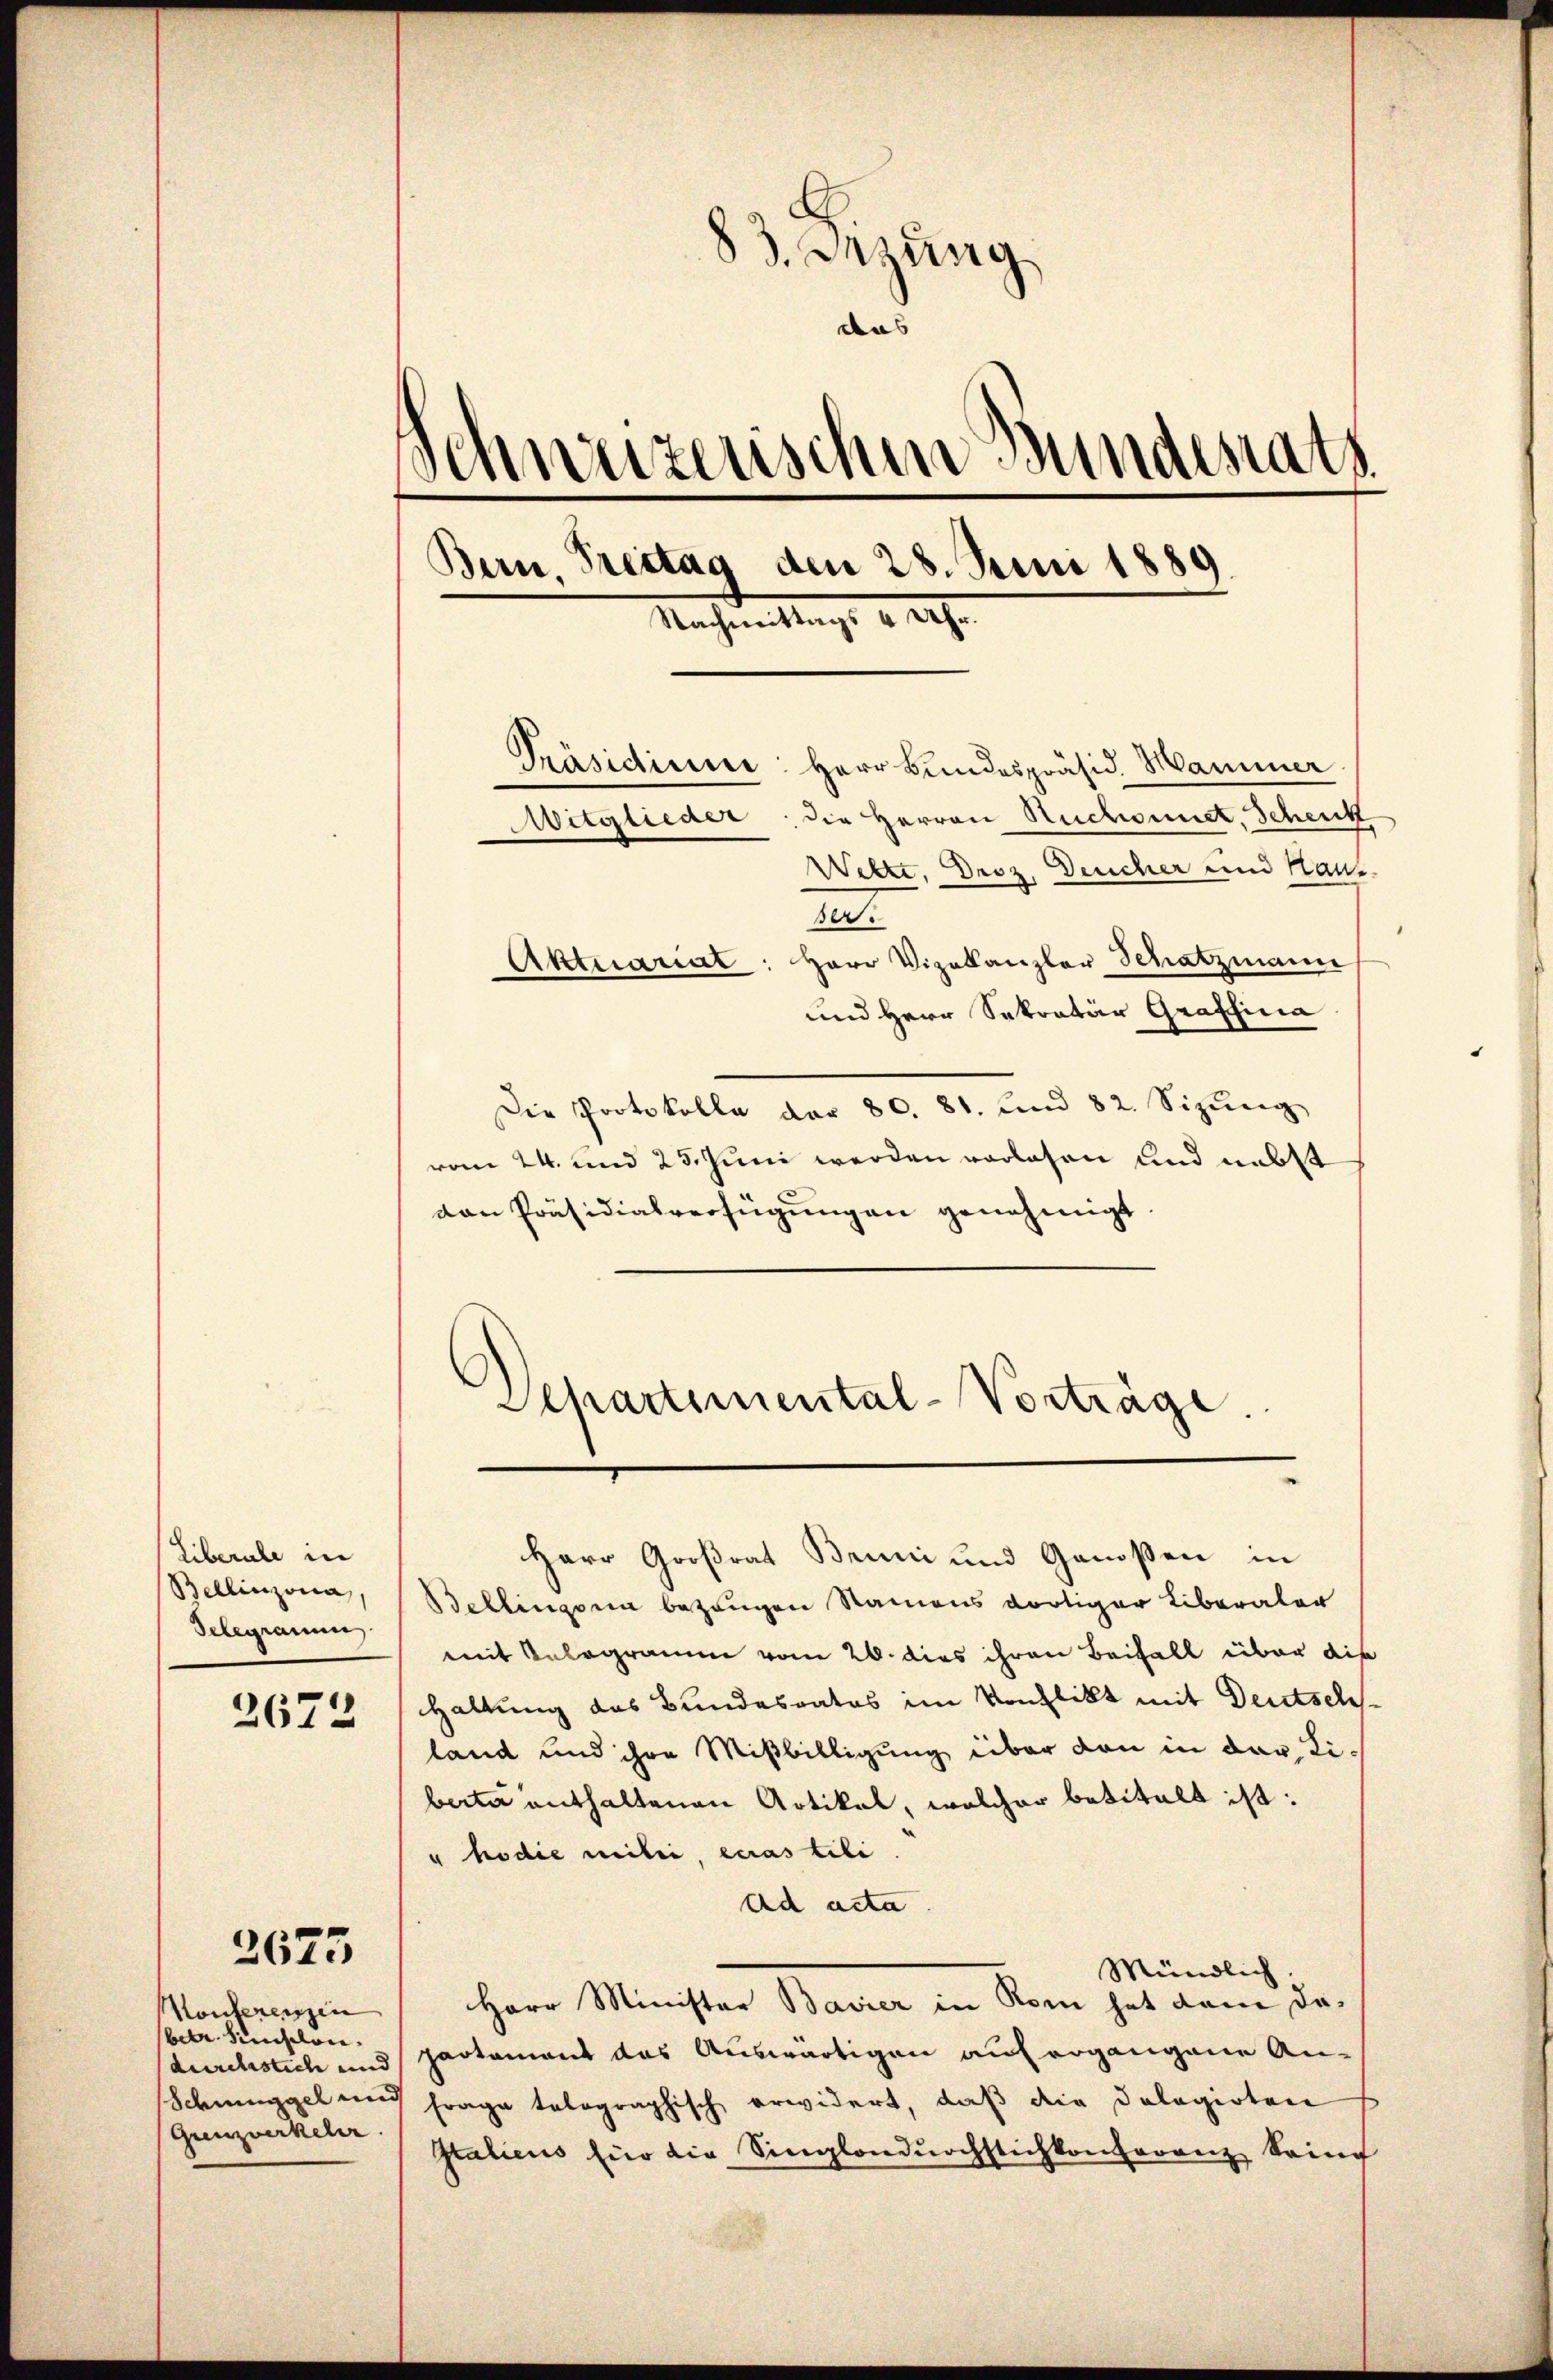
Liberale in
Bellinzona,
Telegramm

2672

2623

Konferenzin
betr. Kunschon
Grenzwerkeler.

83. Setzung
das |
)
chweizerischen Bundesrath
Bern, Trestag den 28. Juni 1889
Nachmittags 4 Uhr.
Präsidium: Herr Bundespräsid. Hammer.
Aitglieder, die Herren Ruchoinet, Schenk
Welte, Droz. Deucher und Haus
1
Aktuariat: Herr Vizekanzler Schatzmann

und Herr Sekretär Graffina
Die Protokolle der 80. 81. und 82. Sizung
vom 24. und 25. Juni werden vorlesen und nebst
von Präsidialverfügungen genehmigt

Schartemental-Vorträge.

Herr Großrat Bruni und Genoßen in
Bellingsein bezeugen Namens dortiger Liberaler
mit Telegramm vom 26. dies ihren Beifall über die
Haltung das Bundesrates im Konflikt mit Deutschland und ihre Mißbilligung über den in der Libeiter enthaltenen Artikel, welcher betitelt ist:
" hodie milie, ecras tili.
Ad acta
Mündlich
Herr Minister Bavier in Rom hat dem dadurchstich und partement das Auswärtigen auf ergangene An-
Schmuggel und Frage telographisch erwidert, daß die Dolagirten
Italicus für die Singlandurchstichkonferenz Sein